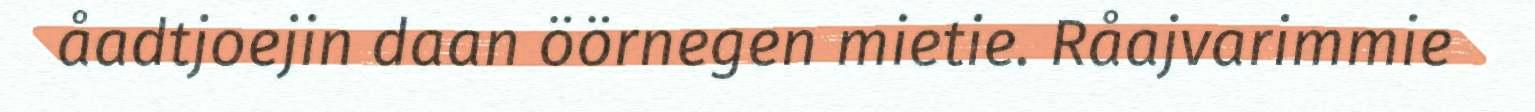
åadtjoejin daan öörnegen mietie. Råajvarimmie